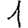
Digit: 1